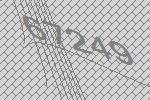
67249